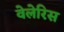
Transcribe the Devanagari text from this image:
वेलेरिस